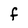
Character: f